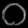
Digit: ၀